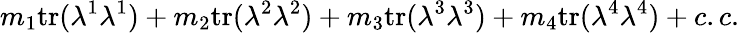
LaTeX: m_{1}\mathrm{tr}(\lambda^{1}\lambda^{1})+m_{2}\mathrm{tr}(\lambda^{2}\lambda^{2})+m_{3}\mathrm{tr}(\lambda^{3}\lambda^{3})+m_{4}\mathrm{tr}(\lambda^{4}\lambda^{4})+c.c.